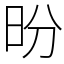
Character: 昐